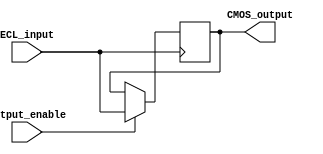
module ECL_buffer (
  input  wire      ECL_input,     // Input ECL signal
  output reg       CMOS_output,   // Output CMOS signal
  input  wire      output_enable, // Output enable signal
  // Other signals as needed
  
  // Add input termination and output protection features
  
);

// Drive multiple loads with low skew and high speed
always @ (posedge ECL_input) begin
  if (output_enable) begin
    // Logic to convert ECL signal to CMOS output
    CMOS_output <= ECL_input;
  end
end

endmodule